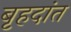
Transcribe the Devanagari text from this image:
बृहदांत